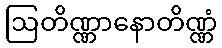
ဩတိဏ္ဏာနောတိဏ္ဏံ